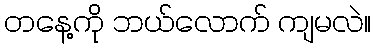
တနေ့ကို ဘယ်လောက် ကျမလဲ။